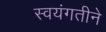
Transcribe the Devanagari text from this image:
स्वयंगतीने